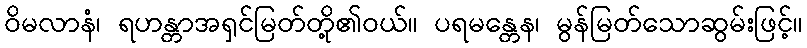
ဝိမလာနံ၊ ရဟန္တာအရှင်မြတ်တို့၏ဝယ်။ ပရမန္တေန၊ မွန်မြတ်သောဆွမ်းဖြင့်။